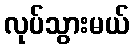
လုပ်သွားမယ်